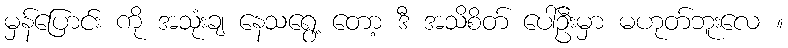
မှန်ပြောင်း ကို အသုံးချ နေသရွေ့ တော့ ဒီ အသိစိတ် ပေါ်ဦးမှာ မဟုတ်ဘူးလေ ။